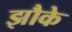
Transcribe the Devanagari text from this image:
झौके